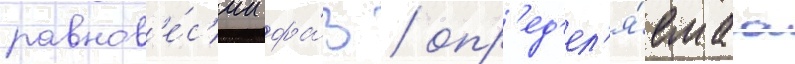
равнов'е́с'ии фа́з / опр'ед'ел'я́емаа